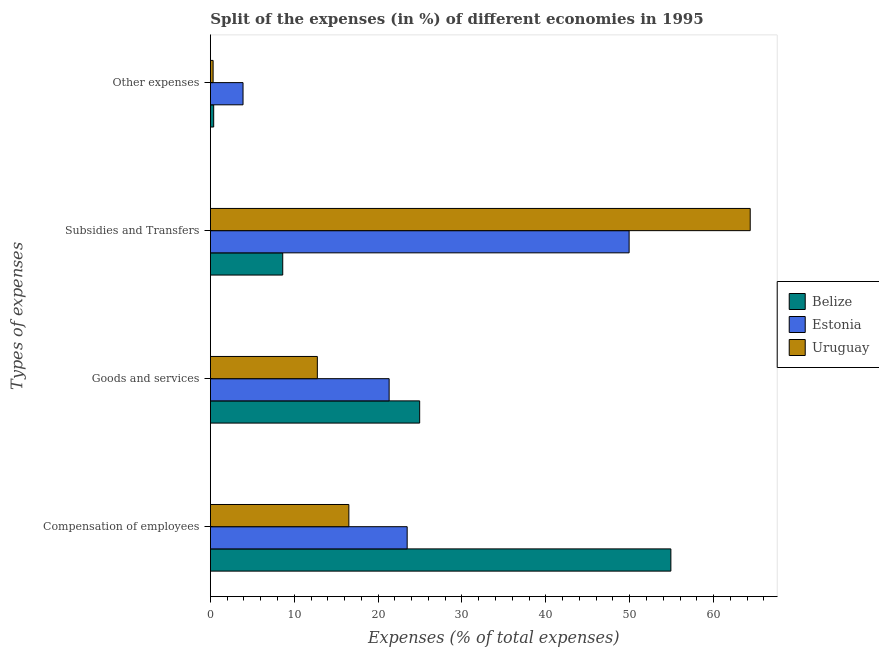
| Types of expenses | Belize | Estonia | Uruguay |
 | --- | --- | --- | --- |
 | Compensation of employees | 54.9 | 23.5 | 16.5 |
 | Goods and services | 25 | 21.3 | 12.8 |
 | Subsidies and Transfers | 8.63 | 49.9 | 64.4 |
 | Other expenses | 0.393 | 3.89 | 0.325 |